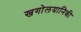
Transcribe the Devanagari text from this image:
खगोलयानिकी